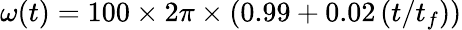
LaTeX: \omega(t)=100\times 2\pi\times\left(0.99+0.02\left(t/t_{f}\right)\right)